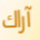
آراك